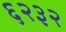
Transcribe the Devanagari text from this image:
६२३२